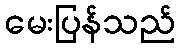
မေးပြန်သည်